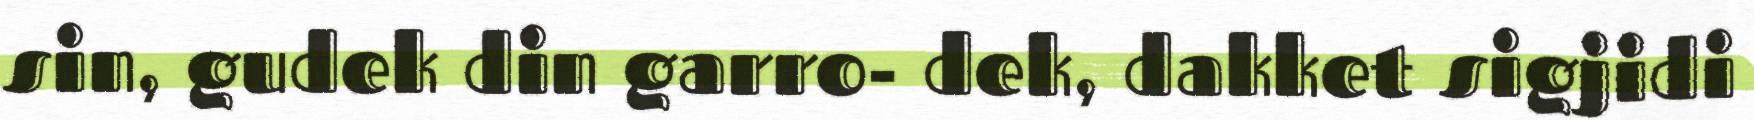
sin, gudek din garro- dek, dakket sigjidi